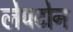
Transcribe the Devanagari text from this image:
लेपटोन